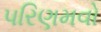
પરિણમવો